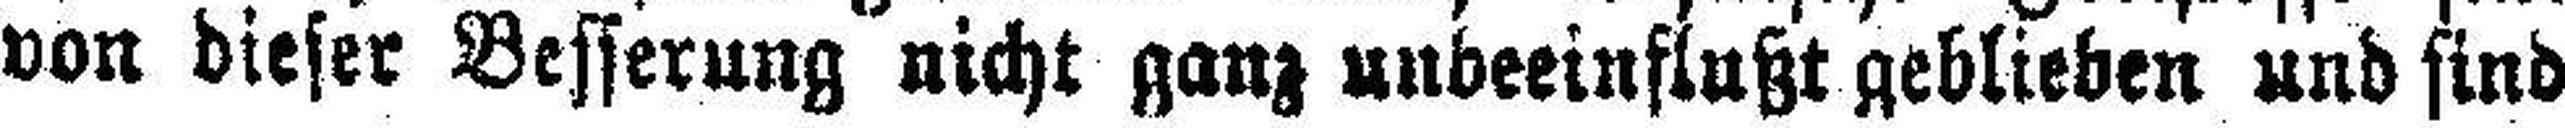
von dieser Besserung nicht ganz unbeeinflußt geblieben und sind